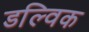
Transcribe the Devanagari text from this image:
डल्विक